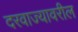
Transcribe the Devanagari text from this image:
दरवाज्यावरील